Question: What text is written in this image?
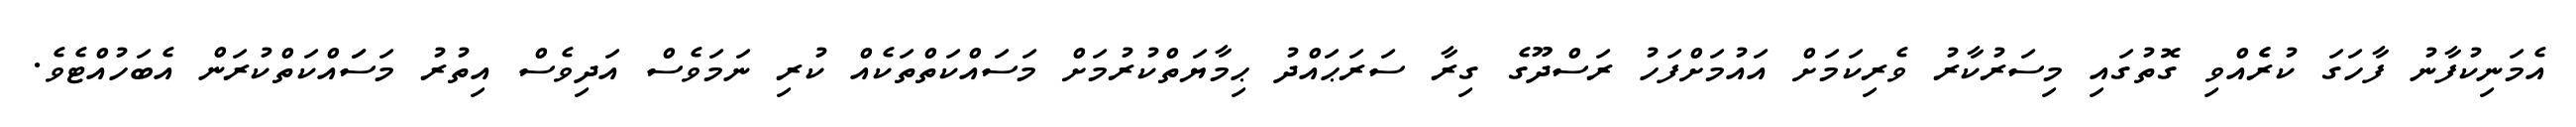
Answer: އެމަނިކުފާނު ފާހަގަ ކުރެެއްވި ގޮތުގައި މިސަރުކާރު ވެރިކަމަށް އައުމަށްފަހު ރަސްދޫގެ ގިރާ ސަރަޙައްދު ޙިމާޔަތްކުރުމަށް މަސައްކަތްތަކެއް ކުރި ނަމަވެސް އަދިވެސް އިތުރު މަސަައްކަތްކުރަން އެބަހުއްޓެވެ.